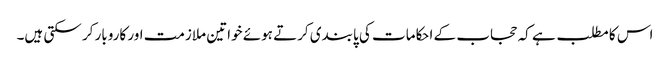
اس کا مطلب ہے کہ حجاب کے احکامات کی پابندی کرتے ہوئے خواتین ملازمت اور کاروبار کر سکتی ہیں۔